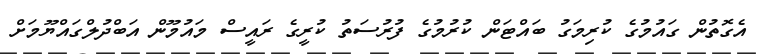
އެގޮތުން ގައުމުގެ ކުރިމަގު ބައްޓަން ކުރުމުގެ ފުރުސަތު ކުރީގެ ރައީސް މައުމޫން އަބްދުލްގައްޔޫމަށް